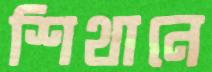
শিথানে